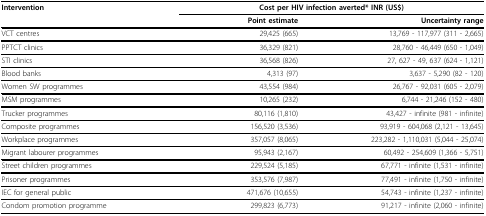
<table><thead><tr><td><b>Intervention</b></td><td colspan="2"><b>Cost per HIV infection averted* INR (US$)</b></td></tr><tr><td></td><td><b>Point estimate</b></td><td><b>Uncertainty range</b></td></tr></thead><tbody><tr><td>VCT centres</td><td>29,425 (665)</td><td>13,769 - 117,977 (311 - 2,665)</td></tr><tr><td>PPTCT clinics</td><td>36,329 (821)</td><td>28,760 - 46,449 (650 - 1,049)</td></tr><tr><td>STI clinics</td><td>36,568 (826)</td><td>27, 627 - 49, 637 (624 - 1,121)</td></tr><tr><td>Blood banks</td><td>4,313 (97)</td><td>3,637 - 5,290 (82 - 120)</td></tr><tr><td>Women SW programmes</td><td>43,554 (984)</td><td>26,767 - 92,031 (605 - 2,079)</td></tr><tr><td>MSM programmes</td><td>10,265 (232)</td><td>6,744 - 21,246 (152 - 480)</td></tr><tr><td>Trucker programmes</td><td>80,116 (1,810)</td><td>43,427 - infinite (981 - infinite)</td></tr><tr><td>Composite programmes</td><td>156,520 (3,536)</td><td>93,919 - 604,068 (2,121 - 13,645)</td></tr><tr><td>Workplace programmes</td><td>357,057 (8,065)</td><td>223,282 - 1,110,031 (5,044 - 25,074)</td></tr><tr><td>Migrant labourer programmes</td><td>95,943 (2,167)</td><td>60,492 - 254,609 (1,366 - 5,751)</td></tr><tr><td>Street children programmes</td><td>229,524 (5,185)</td><td>67,771 - infinite (1,531 - infinite)</td></tr><tr><td>Prisoner programmes</td><td>353,576 (7,987)</td><td>77,491 - infinite (1,750 - infinite)</td></tr><tr><td>IEC for general public</td><td>471,676 (10,655)</td><td>54,743 - infinite (1,237 - infinite)</td></tr><tr><td>Condom promotion programme</td><td>299,823 (6,773)</td><td>91,217 - infinite (2,060 - infinite)</td></tr></tbody></table>